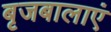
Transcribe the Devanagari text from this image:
बृजबालाएं